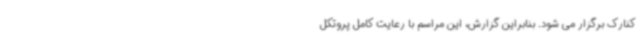
کنارک برگزار می شود. بنابراین گزارش، این مراسم با رعایت کامل پروتکل